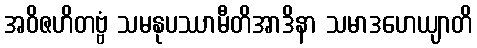
အဝိဇဟိတဗ္ဗံ သမနုပဿာမီတိအာဒိနာ သမာဒဟေယျာတိ